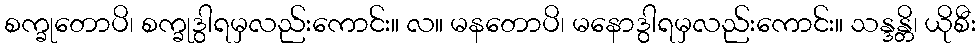
စက္ခုတောပိ၊ စက္ခုဒွါရမှလည်းကောင်း။ လ။ မနတောပိ၊ မနောဒွါရမှလည်းကောင်း။ သန္ဒန္တိ၊ ယိုစီး